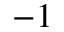
- 1